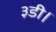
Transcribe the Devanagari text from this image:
३डी।